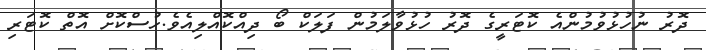
ދޮރު ނުހުޅުވުމުންއެ ކޮޓަރީގެ ދޮރު ހުޅުވާލަމުން ފަލަކް ބޯ ދިއްކޮއްލިއެވެ.ހުސްކޮށް އޮތް ކޮޓަރި